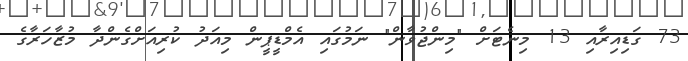
73 ގަޑިއިރާއި 13 މިނެޓަށް "މިންޖުވާން" ނަމުގައި އެމްޑީޕީން މިއަދު ކުރިއަށްގެންދާ މުޒާހަރާގެ